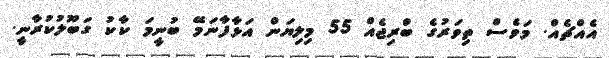
އެއްޗެއް. މަވެސް ތިވަރުގެ ބުްރިޖެއް 55 މިލިޔަން އަޅާފާނަމޭ ބުނީމަ ކާކު ގަބޫލުކުރާނީ.